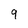
Character: 9